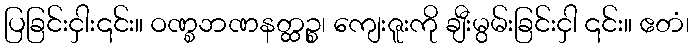
ပြခြင်းငှါး၎င်း။ ဝဏ္စဘဏနတ္ထဉ္စ၊ ကျေးဇူးကို ချီးမွမ်းခြင်းငှါ ၎င်း။ ဧတံ၊